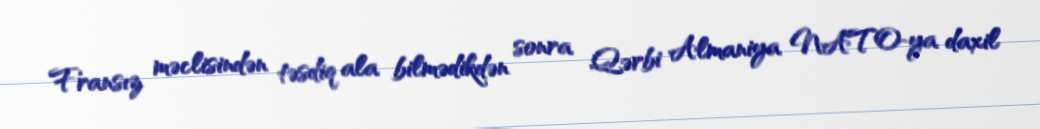
Fransız məclisindən təsdiq ala bilmədikdən sonra Qərbi Almaniya NATO-ya daxil